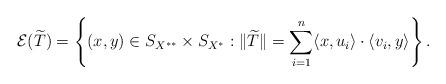
LaTeX: \begin{align*}\mathcal{E}(\widetilde{T})=\left\{(x,y)\in S_{X^{**}}\times S_{X^*}:\|\widetilde{T}\|=\sum_{i=1}^n\langle x,u_i\rangle \cdot \langle v_i,y\rangle \right\}.\end{align*}